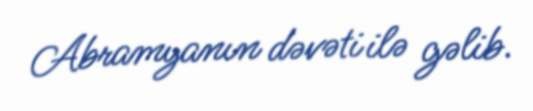
Abramyanın dəvəti ilə gəlib.